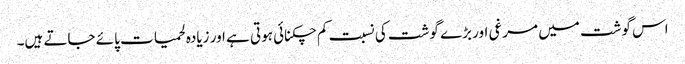
اس گوشت میں مرغی اور بڑے گوشت کی نسبت کم چکنائی ہوتی ہے اور زیادہ لحمیات پائے جاتے ہیں۔